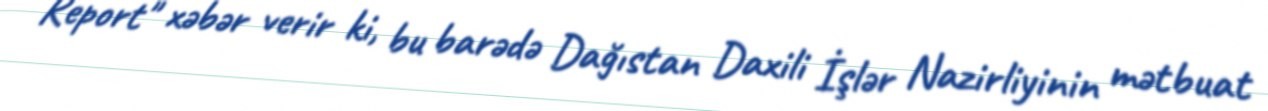
Report" xəbər verir ki, bu barədə Dağıstan Daxili İşlər Nazirliyinin mətbuat